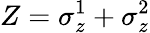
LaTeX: Z=\sigma_{z}^{1}+\sigma_{z}^{2}